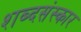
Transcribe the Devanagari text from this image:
शब्दसंस्कार